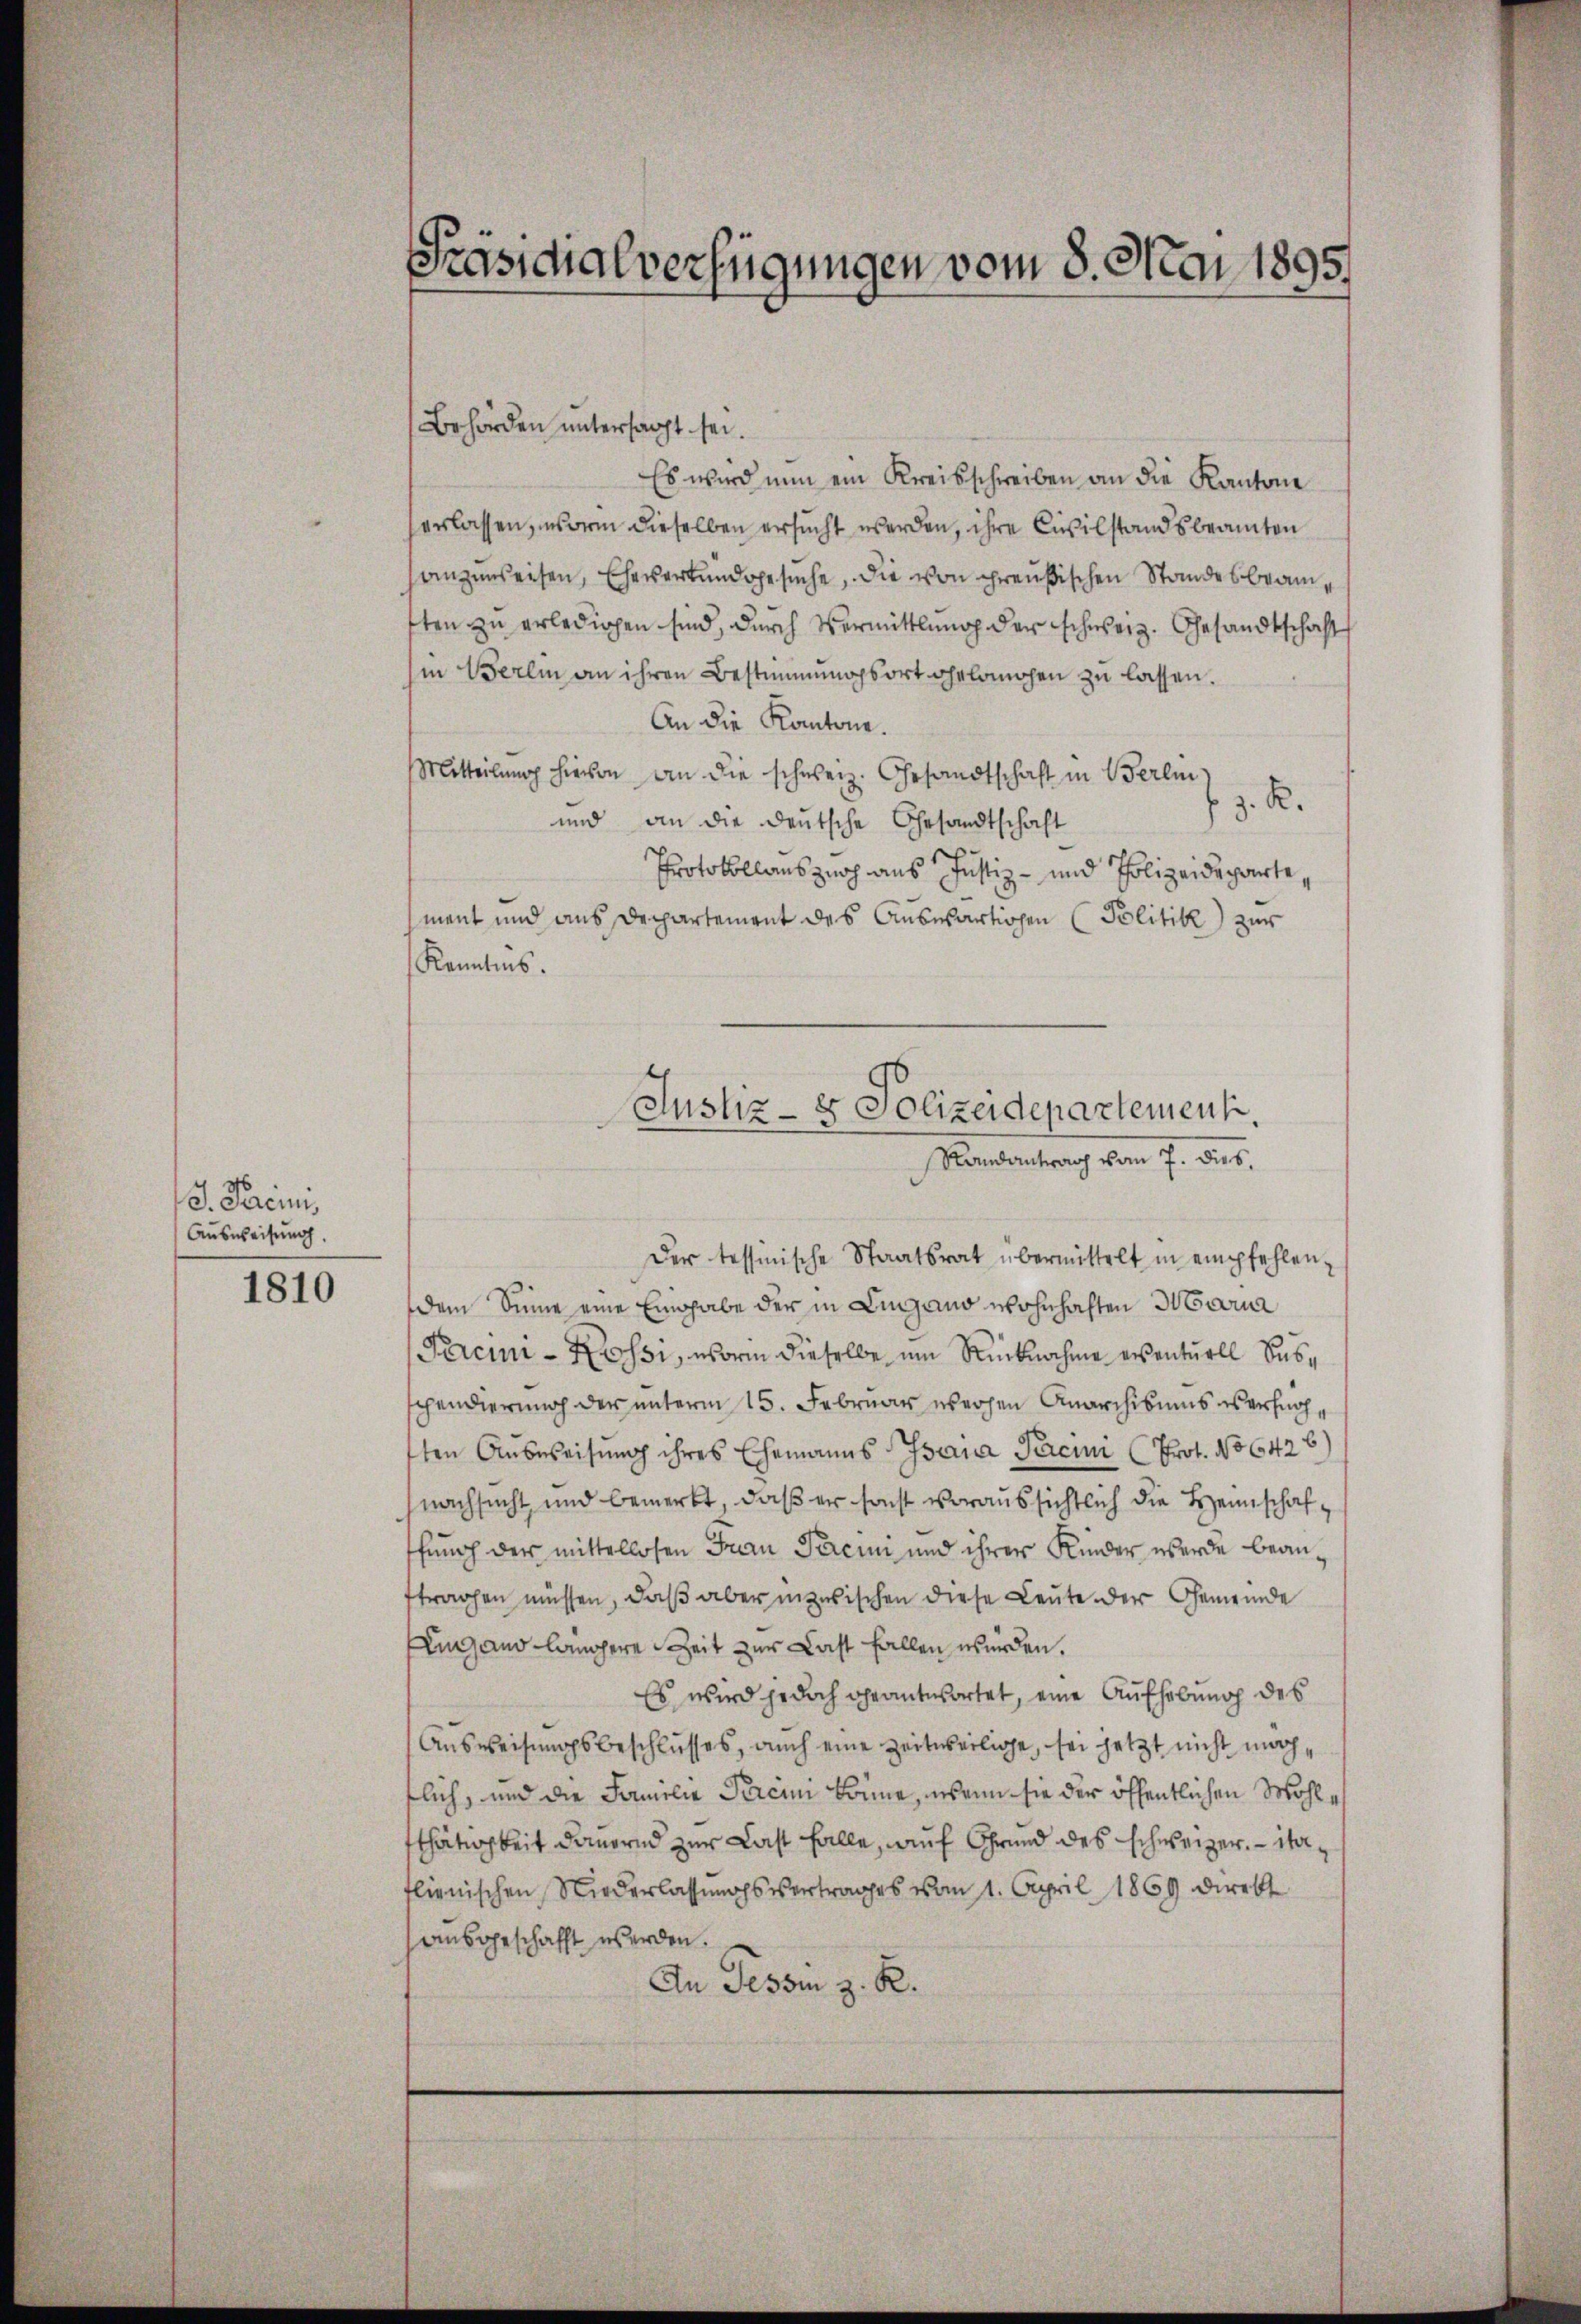
J. Vereini
Ausweisung.

1810

Präsidialverfügungen vom 8. Mai 1895.

Behörden untersagt sei.
Es wird nun ein Kreisschreiben an die Kantone
erlassen, sei dieselben ersucht werden, ihre Civilstandsbeamten
sanzenweisen, Eheverbundgesuche, die von preußischen Standesbeamften zu erledigen sind, durch Vermittlung der schweiz. Gesandtschaft
hin Berlin an ihren Bestimmungsort gelangen zu lassen.
An die Kantone.
Mitteilŭng hievon an die schweiz. Gesandtschaft in Berli
z. R.
und an die deutsche Gesandtschaft
Protokollauszurch aus Justiz- und Polizeideparte,
ment und aus Departement des Auswärtigen (Politik zur
Kenntnis.
Der tessinische Staatsrat übermittelt in empfehlen,
dem Sinne eine Eingabe der in Lingano wohnhaften Maria
Percin-Kossi, worin dieselbe, um Rücknahme eventuell Susschendierung der unterm 15. Februar werchen Anarchisums verfahsten Ausweisung ihres Ehemanns Isana Pecini (Prot. No 6426)
(nachsucht und bemerkt, daß er sonst voraussichtlich die Heimschaffung der mittellosen Frau Parein und ihrer Kinder werde beanftragen müssen, daß aber inzwischen diese Leute der Gemeinde
Eingano langere Zeit zur Last fallen würden.
Es wird jedoch geantwortet, eine Aufhebung des
Ausweisungsbeschlusses, auch eine zeitweilige, sei jetzt nicht machtlich, und die Familie Percum könne, wenn sie der öffentlichen Wohle
fthätigkeit dauernd zur Last falle, auf Grund des Schweizer. - ita
flienischen Niederlassungsvertrages vom 1. April 1869 direkt
ausgeschafft werden.
An Tessin z. R.

Justiz- & Polizeidepartement.
Nanetentrag von 7. ds.